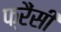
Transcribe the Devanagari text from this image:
फ्रैंसी